Civil Veterinary Department. United Provinces 1923-31 - 1923-1931
Year: 1923
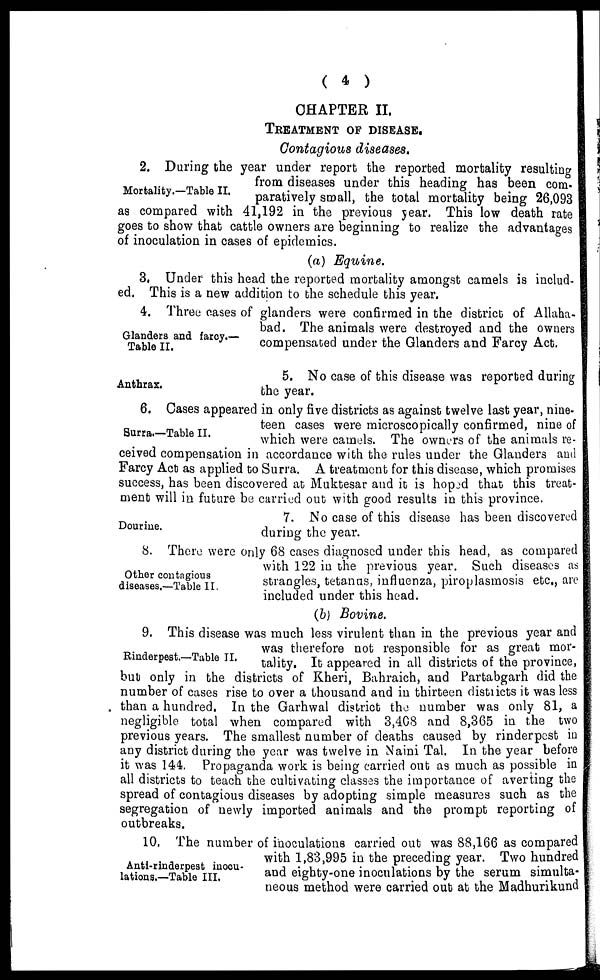
( 4 )
CHAPTER II.
TREATMENT OF DISEASE.
Contagious diseases.
Mortality.—Table II.
2. During the year under report the reported mortality resulting
from diseases under this heading has been com-
paratively small, the total mortality being 26,093
as compared with 41,192 in the previous year. This low death rate
goes to show that cattle owners are beginning to realize the advantages
of inoculation in cases of epidemics.
(a) Equine.
3, Under this head the reported mortality amongst camels is includ-
ed, This is a new addition to the schedule this year.
Glanders and farcy.—
Table II.
4. Three cases of glanders were confirmed in the district of Allaha-
bad. The animals were destroyed and the owners
compensated under the Glanders and Farcy Act.
Anthrax.
5. No case of this disease was reported during
the year.
Surra.—Table II.
6. Cases appeared in only five districts as against twelve last year, nine-
teen cases were microscopically confirmed, nine of
which were camels. The owners of the animals re-
ceived compensation in accordance with the rules under the Glanders and
Farcy Act as applied to Surra. A treatment for this disease, which promises
success, has been discovered at Muktesar and it is hoped that this treat-
ment will in future be carried out with good results in this province.
Dourine.
7. No case of this disease has been discovered
during the year.
Other contagious
diseases.—Table II.
8. There were only 68 cases diagnosed under this head, as compared
with 122 in the previous year. Such diseases as
strangles, tetanus, influenza, piroplasmosis etc., are
included under this head.
(6) Bovine.
Rinderpest.—Table II.
9. This disease was much less virulent than in the previous year and
was therefore not responsible for as great mor-
tality. It appeared in all districts of the province,
but only in the districts of Kheri, Bahraich, and Partabgarh did the
number of cases rise to over a thousand and in thirteen districts it was less
than a hundred. In the Garhwal district the number was only 81, a
negligible total when compared with 3,408 and 8,365 in the two
previous years. The smallest number of deaths caused by rinderpest in
any district during the year was twelve in Naini Tal. In the year before
it was 144, Propaganda work is being carried out as much as possible in
all districts to teach the cultivating classes the importance of averting the
spread of contagious diseases by adopting simple measures such as the
segregation of newly imported animals and the prompt reporting of
outbreaks.
Anti-rinderpest inocu-
lations.—Table III.
10, The number of inoculations carried out was 88,166 as compared
with 1,83,995 in the preceding year. Two hundred
and eighty-one inoculations by the serum simulta-
neous method were carried out at the Madhurikund